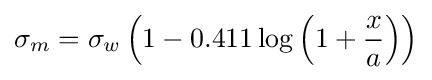
\sigma _{m}=\sigma _{w}\left(1-0.411\log \left(1+{\frac {x}{a}}\right)\right)